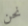
نحن